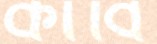
কার্বি